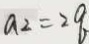
a _ { 2 } = 2 q